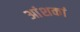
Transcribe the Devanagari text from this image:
आंशकां